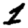
Digit: 1